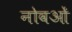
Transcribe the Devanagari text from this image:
नोवओं